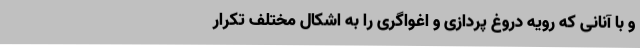
و با آنانی که رویه دروغ پردازی و اغواگری را به اشکال مختلف تکرار